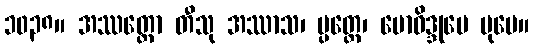
၁၀၃၈။ အဿတ္ထော တီသု အဿာသ၊ ပ္ပတ္တေ၊ ဗောဓိဒ္ဒုမေ ပုမေ။